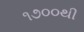
૧૭૦૦થી